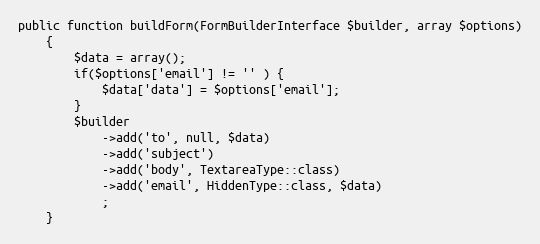
Language: PHP
public function buildForm(FormBuilderInterface $builder, array $options)
    {
        $data = array();
        if($options['email'] != '' ) {
            $data['data'] = $options['email'];
        }
        $builder
            ->add('to', null, $data)
            ->add('subject')
            ->add('body', TextareaType::class)
            ->add('email', HiddenType::class, $data)
            ;
    }